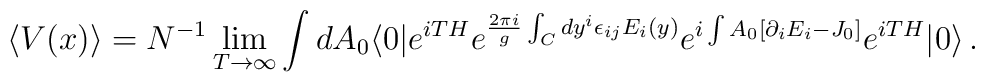
\langle V(x)\rangle=N^{-1}\lim_{T\rightarrow\infty}\int dA_0\langle 0|e^{iTH}e^{{\frac{2\pi i}{g}}\int_C dy^i\epsilon_{ij}E_i(y)}e^{i\int A_0[\partial_iE_i-J_0]} e^{iTH}|0\rangle\,.